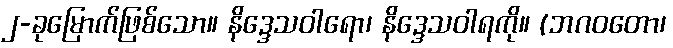
၂-ခုမြောက်ဖြစ်သော။ နိဒ္ဒေသဝါရော၊ နိဒ္ဒေသဝါရကို။ (ဘဂဝတော၊